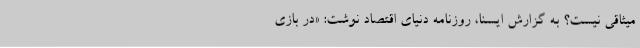
میثاقی نیست؟ به گزارش ایسنا، روزنامه دنیای‌ اقتصاد نوشت: «در بازی